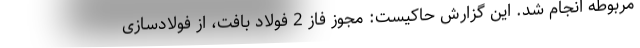
مربوطه انجام شد. این گزارش حاکیست: مجوز فاز 2 فولاد بافت، از فولادسازی